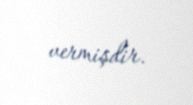
vermişdir.